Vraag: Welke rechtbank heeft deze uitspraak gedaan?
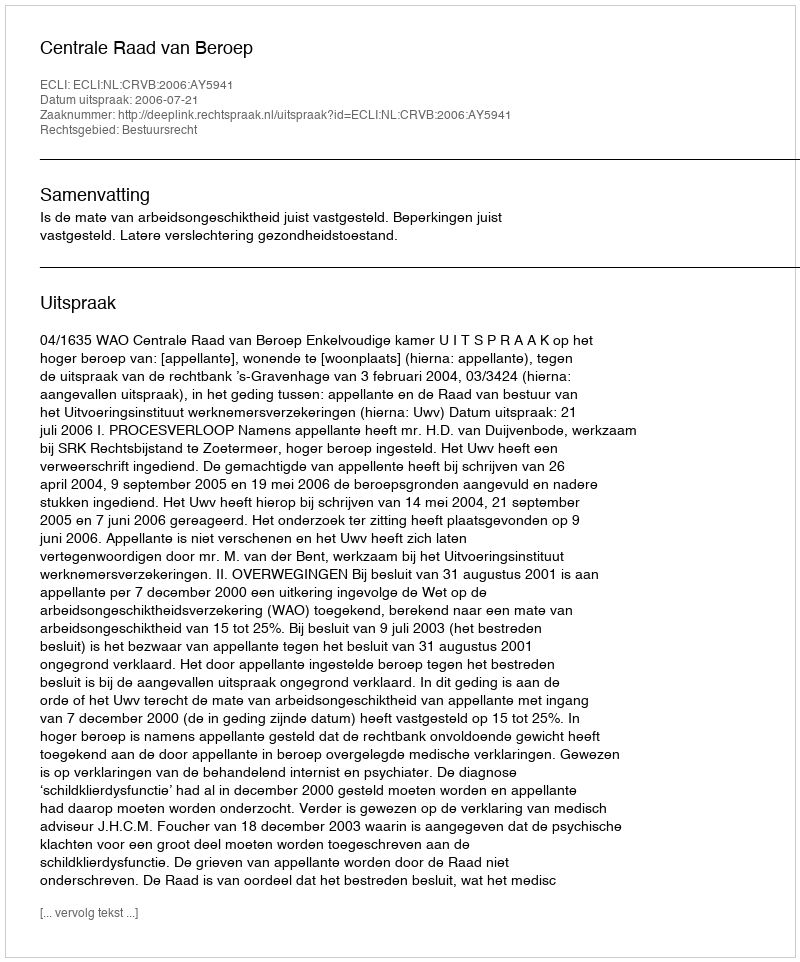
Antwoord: Centrale Raad van Beroep